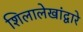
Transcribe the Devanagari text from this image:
शिलालेखांद्वारे